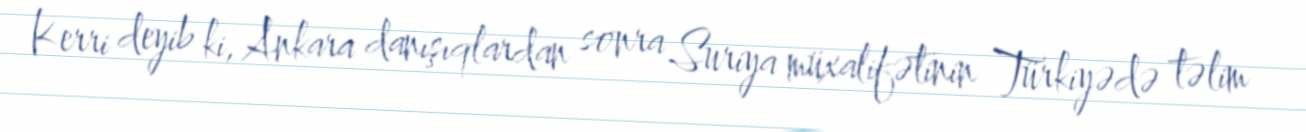
Kerri deyib ki, Ankara danışıqlardan sonra Suriya müxalifətinin Türkiyədə təlim